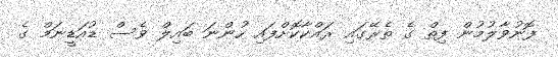
ފޮނުވާލުމުން ފިތް ގެ ތެރޭގައި ރައްކާކޮށްފައި ހުންނަ ބައިލް ވެސް ޑުއަޑީނަމް ގެ